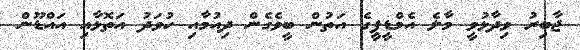
ޖާބިރު ވިދާޅުވީ މާލެ އެމްޑީޕީގެ އަތުން ބީވެގެން ދިއުމާއި ހުވަދު އަތޮޅާއި އައްްޑޫން